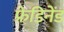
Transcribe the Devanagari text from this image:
फ्रेडिनेंड